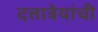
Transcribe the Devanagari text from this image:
दत्तात्रेयांची